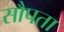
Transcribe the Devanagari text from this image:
सौपता